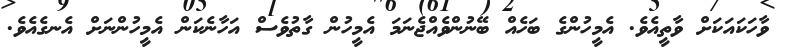
ވާހަކައަކަށް ވާތީއެވެ. އެމީހުންގެ ބަހެއް ބޭނުންވެއްޖެނަމަ އެމީހުން ގާތުވެސް އަހާނެކަން އެމީހުންނަށް އެނގެއެވެ.